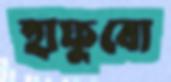
হাফুবো